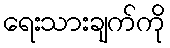
ရေးသားချက်ကို